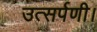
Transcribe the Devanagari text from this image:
उत्सर्पणी।